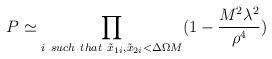
LaTeX: \begin{align*}P \simeq \prod_{i\ such\ that\ \tilde x_{1i} , \tilde x_{2i} < \Delta \Omega M}(1 - {M^2 \lambda^2 \over \rho^4})\end{align*}